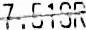
7.51SR